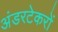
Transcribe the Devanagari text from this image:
अंडरटेकरों